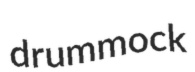
drummock